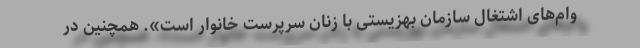
وام‌های اشتغال سازمان بهزیستی با زنان سرپرست خانوار است». همچنین در